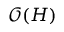
\mathcal { O } ( H )